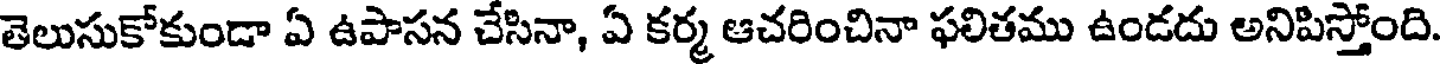
తెలుసుకోకుండా ఏ ఉపాసన చేసినా, ఏ కర్మ ఆచరించినా ఫలితము ఉండదు అనిపిస్తోంది.